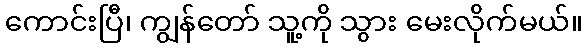
ကောင်းပြီ၊ ကျွန်တော် သူ့ကို သွား မေးလိုက်မယ်။